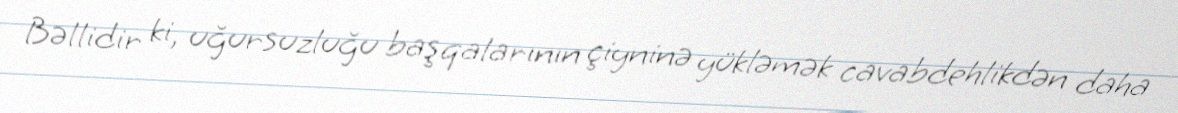
Bəllidir ki, uğursuzluğu başqalarının çiyninə yükləmək cavabdehlikdən daha